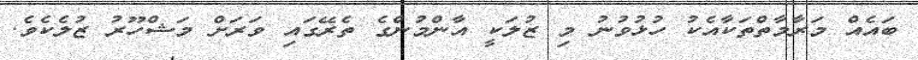
ބައެއް މަރާމާތްތަކާއެކު ހުޅުވުނު މި ޒުލަކީ އާންމުންގެ ތެރޭގައި ވަރަށް މަޝްހޫރު ޒުލެކެވެ.